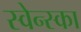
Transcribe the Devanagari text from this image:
स्वेन्स्का